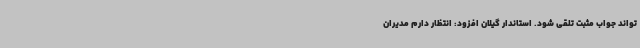
تواند جواب مثبت تلقی شود. استاندار گیلان افزود: انتظار دارم مدیران